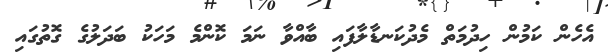
އެހެން ކަމުން ހިދުމަތް މެދުކަނޑާލާފައި ބާއްވާ ނަމަ ކޮންމެ މަހަކު ބަދަލުގެ ގޮތުގައި